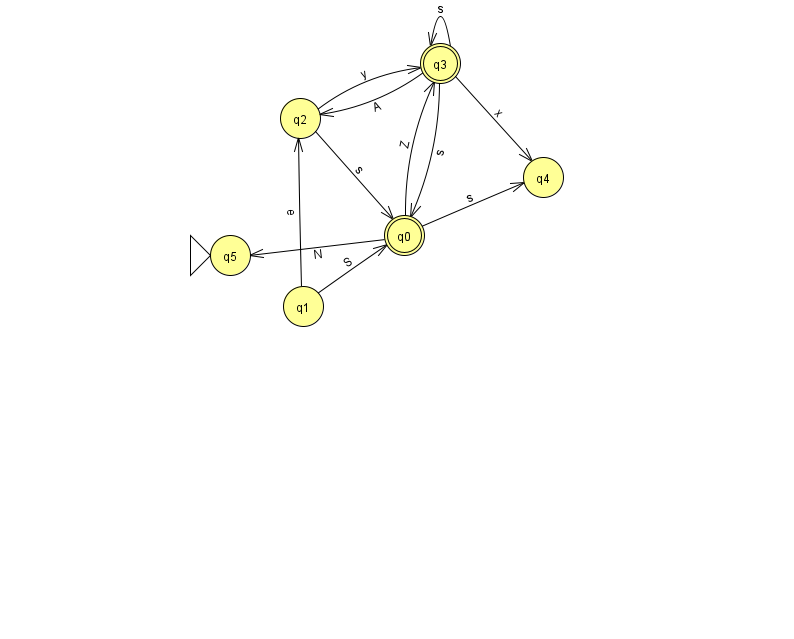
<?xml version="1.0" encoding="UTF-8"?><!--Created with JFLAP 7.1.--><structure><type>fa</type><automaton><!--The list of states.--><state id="0" name="q0"><x>404.0</x><y>222.0</y><final/></state><state id="1" name="q1"><x>303.0</x><y>293.0</y></state><state id="2" name="q2"><x>300.0</x><y>105.0</y></state><state id="3" name="q3"><x>440.0</x><y>50.0</y><final/></state><state id="4" name="q4"><x>543.0</x><y>164.0</y></state><state id="5" name="q5"><x>230.0</x><y>242.0</y><initial/></state><!--The list of transitions.--><transition><from>2</from><to>0</to><read>s</read></transition><transition><from>1</from><to>0</to><read>S</read></transition><transition><from>3</from><to>3</to><read>s</read></transition><transition><from>3</from><to>2</to><read>A</read></transition><transition><from>0</from><to>5</to><read>N</read></transition><transition><from>3</from><to>0</to><read>s</read></transition><transition><from>0</from><to>4</to><read>s</read></transition><transition><from>1</from><to>2</to><read>e</read></transition><transition><from>3</from><to>4</to><read>x</read></transition><transition><from>0</from><to>3</to><read>Z</read></transition><transition><from>2</from><to>3</to><read>y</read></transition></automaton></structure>